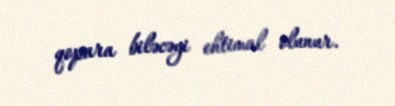
qopara biləcəyi ehtimal olunur.